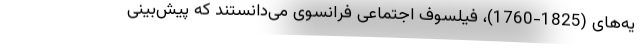
یه‌های (1825-1760)، فیلسوف اجتماعی فرانسوی می‌دانستند که پیش‌بینی